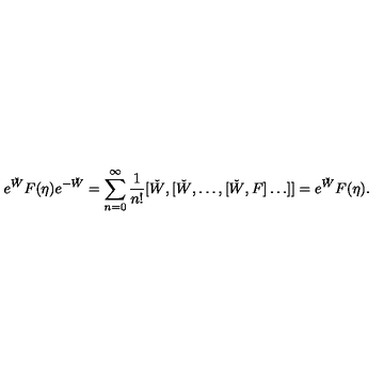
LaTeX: e ^ { \check { W } } F ( \eta ) e ^ { - \check { W } } = \sum _ { n = 0 } ^ { \infty } \frac { 1 } { n ! } [ \check { W } , [ \check { W } , \ldots , [ \check { W } , F ] \ldots ] ] = e ^ { \check { W } } F ( \eta ) .